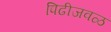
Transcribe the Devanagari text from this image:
पिढीजवळ